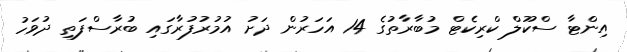
އިންޓާ ސްކޫލް ކްރިކެޓް މުބާރާތުގެ 14 އަހަރުން ދަށު އުމުރުފުރާގައި ބުރާސްފަތި ދުވަހު